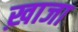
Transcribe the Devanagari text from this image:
ख़ाजा